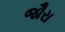
જૌરા